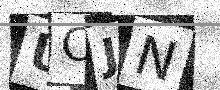
Text: UCJN